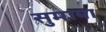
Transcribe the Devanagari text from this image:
सुमाया